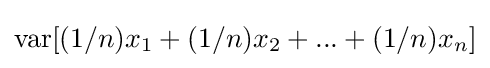
{\text{var}}[(1/n)x_{1}+(1/n)x_{2}+...+(1/n)x_{n}]